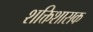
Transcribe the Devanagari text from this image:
शक्तिशासक